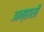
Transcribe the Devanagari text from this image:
आम्हासी